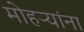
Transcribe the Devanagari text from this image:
मोहऱ्यांना